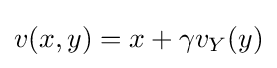
v(x,y)=x+\gamma v_{Y}(y)